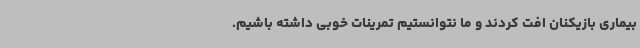
بیماری بازیکنان افت کردند و ما نتوانستیم تمرینات خوبی داشته باشیم.